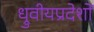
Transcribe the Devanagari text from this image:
ध्रुवीयप्रदेशों